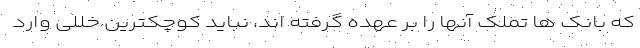
که بانک ها تملک آنها را بر عهده گرفته اند، نباید کوچکترین خللی وارد